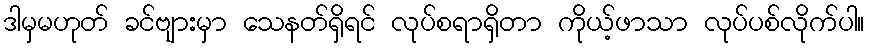
ဒါမှမဟုတ် ခင်ဗျားမှာ သေနတ်ရှိရင် လုပ်စရာရှိတာ ကိုယ့်ဖာသာ လုပ်ပစ်လိုက်ပါ။